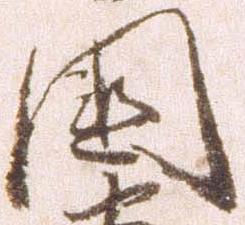
国